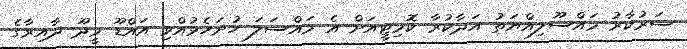
ސަރުކާރު މައްސޫލިއްޔަތު އަދާކުރާ ކޮމިޓީއަށް އެ މައްސަލަ ހުށަހެޅުއްވި އައްޑޫ މީދޫ ދާއިރާގެ